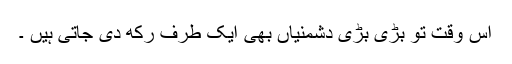
اس وقت تو بڑی بڑی دشمنیاں بھی ایک طرف رکھ دی جاتی ہیں ۔